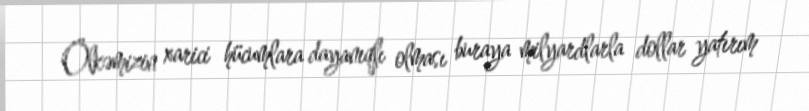
Ölkəmizin xarici hücumlara dayanıqlı olması buraya milyardlarla dollar yatırım